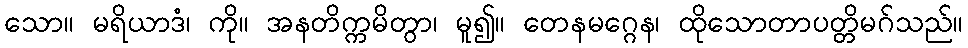
သော။ မရိယာဒံ၊ ကို။ အနတိက္ကမိတွာ၊ မူ၍။ တေနမဂ္ဂေန၊ ထိုသောတာပတ္တိမဂ်သည်။